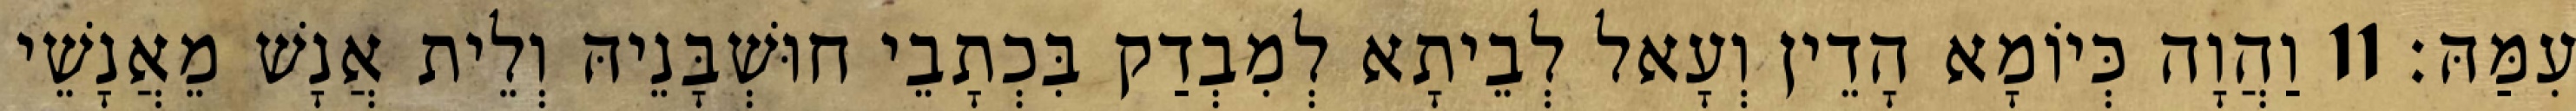
עִמַּהּ׃ 11 וַהֲוָה כְּיוֹמָא הָדֵין וְעָאל לְבֵיתָא לְמִבְדַק בִּכְתָבֵי חוּשְׁבָּנֵיהּ וְלֵית אֲנָשׁ מֵאֲנָשֵׁי